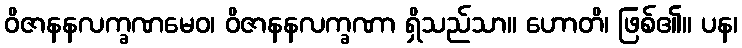
ဝိဇာနနလက္ခဏမေဝ၊ ဝိဇာနနလက္ခဏာ ရှိသည်သာ။ ဟောတိ၊ ဖြစ်၏။ ပန၊